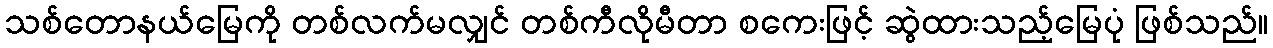
သစ်တောနယ်မြေကို တစ်လက်မလျှင် တစ်ကီလိုမီတာ စကေးဖြင့် ဆွဲထားသည့်မြေပုံ ဖြစ်သည်။